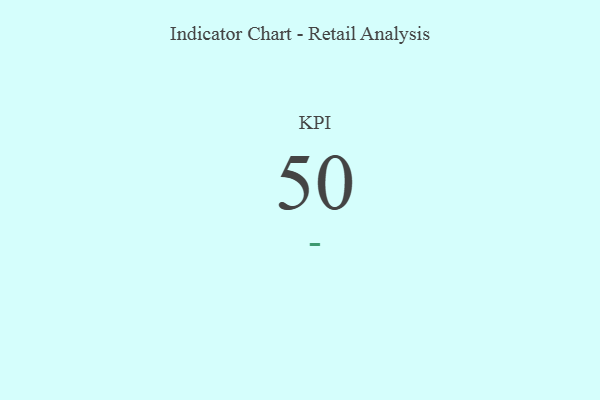
{"axis": {"x": "KPI", "y": "Value"}, "legend": [""], "data": [{"x": "KPI", "y": 50, "type": ""}]}